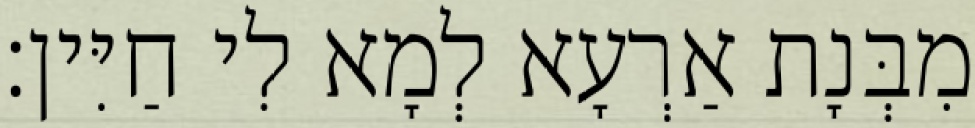
מִבְּנָת אַרְעָא לְמָא לִי חַיִּין׃